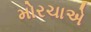
મોરચાએ